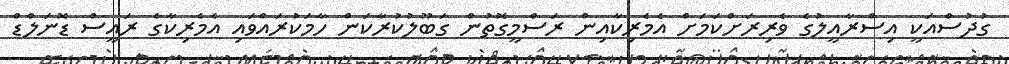
ގުދުސްއަކީ އިސްރާއީލުގެ ވެރިރަށްކަމަށް އެމެރިކާއިން ރަސްމީގޮތުން ގަބޫލުކުރާކަން ހާމަކުރައްވައި އެމެރިކާގެ ރައީސް ޑޮނަލްޑް